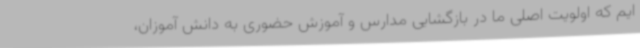
ایم که اولویت اصلی ما در بازگشایی مدارس و آموزش حضوری به دانش آموزان،